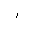
Letter: _alif